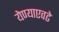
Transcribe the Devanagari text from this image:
येण्याएवढे